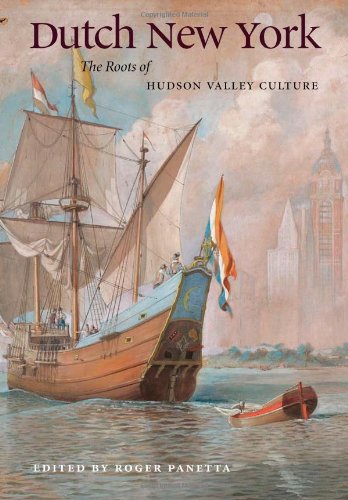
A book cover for Dutch New York: The Roots of Hudson Valley Culture; History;